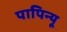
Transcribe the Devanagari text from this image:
पापिन्यू